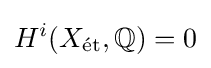
H^{i}(X_{\text{ét}},\mathbb {Q} )=0